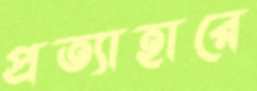
প্রত্যাহারে